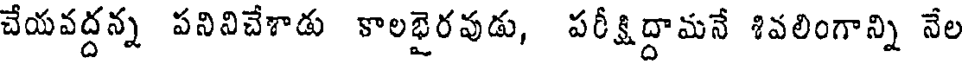
చేయవద్దన్న పనివిచేశాడు కాలభైరవుడు, పరీక్షిద్దామనే శివలింగాన్ని నేల